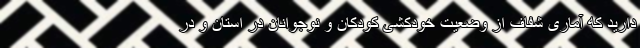
دارید که آماری شفاف از وضعیت خودکشی کودکان و نوجوانان در استان و در